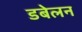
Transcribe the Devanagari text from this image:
डबेलन